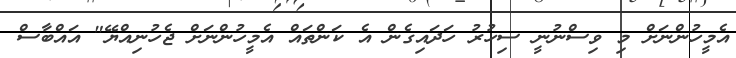
އެމީހުންނަށް މި ވިސްނުނީ ސިހުރު ހަދައިގެން އެ ކަންތައް އެމީހުންނަށް ޖެހުނިއްޔޭ" އައްބާސް